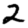
Digit: 2